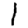
Digit: 1